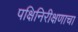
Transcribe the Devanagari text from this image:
पक्षिनिरीक्षणाचा